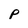
Character: p